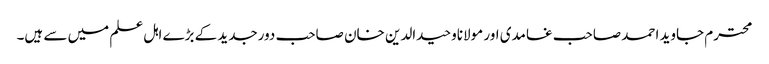
محترم جاوید احمد صاحب غامدی اور مولاناوحیدالدین خان صاحب دورجدید کے بڑے اہل علم میں سے ہیں۔